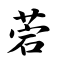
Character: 菪